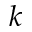
k